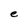
Character: e